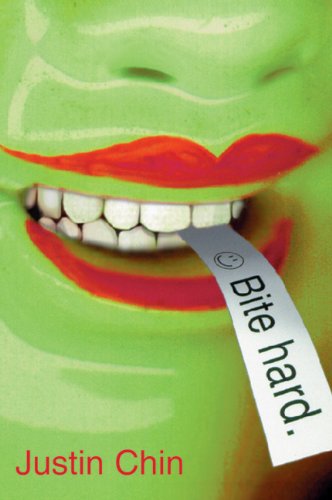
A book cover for Bite Hard; Justin Chin; Gay & Lesbian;